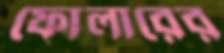
ফোলারের